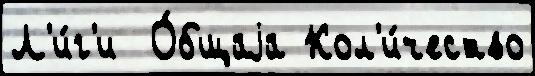
Л'и́г'и  О́бщаjа Кол'и́чество